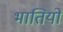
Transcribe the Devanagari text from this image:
भातियों